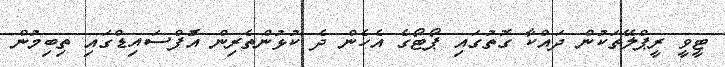
ޓީވީ ރީޕްލޭތަކުން ދައްކާ ގޮތުގައި ޕޯޓޯގެ އެހެން ދެ ކުޅުންތެރިން އޮްފްސައިޑްގައި ތިބިމުން